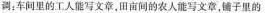
调：车间里的工人能写文章，田亩间的农人能写文章，铺子里的